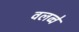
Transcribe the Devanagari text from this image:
वलव्वे